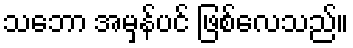
သဘော အမှန်ပင် ဖြစ်လေသည်။